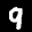
Label: 9